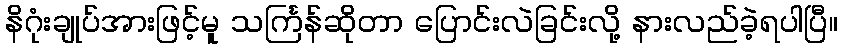
နိဂုံးချုပ်အားဖြင့်မူ သင်္ကြန်ဆိုတာ ပြောင်းလဲခြင်းလို့ နားလည်ခဲ့ရပါပြီ။